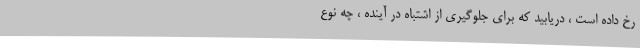
رخ داده است ، دریابید که برای جلوگیری از اشتباه در آینده ، چه نوع